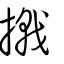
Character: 撠